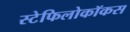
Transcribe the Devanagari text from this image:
स्टेफिलोकॉकस